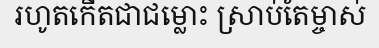
រហូតកើតជាជម្លោះ ស្រាប់តែម្ចាស់